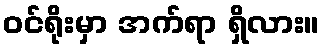
ဝင်ရိုးမှာ အက်ရာ ရှိလား။